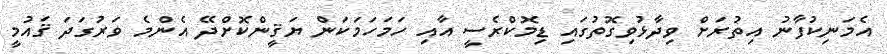
އެމަނިކުފާނު އިތުރަށް ވިދާޅުވިގޮތުގައި ޑިމޮކްރެސީ އާއި ހަމަހަމަކަން ޔަޤީންކޮށްދޭ އެންމެ ވަރުގަދަ ޤައުމީ